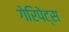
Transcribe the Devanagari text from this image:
गेरिपेट्स